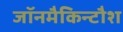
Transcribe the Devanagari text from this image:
जॉनमैकिन्टौश